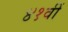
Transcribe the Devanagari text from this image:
४१वीं